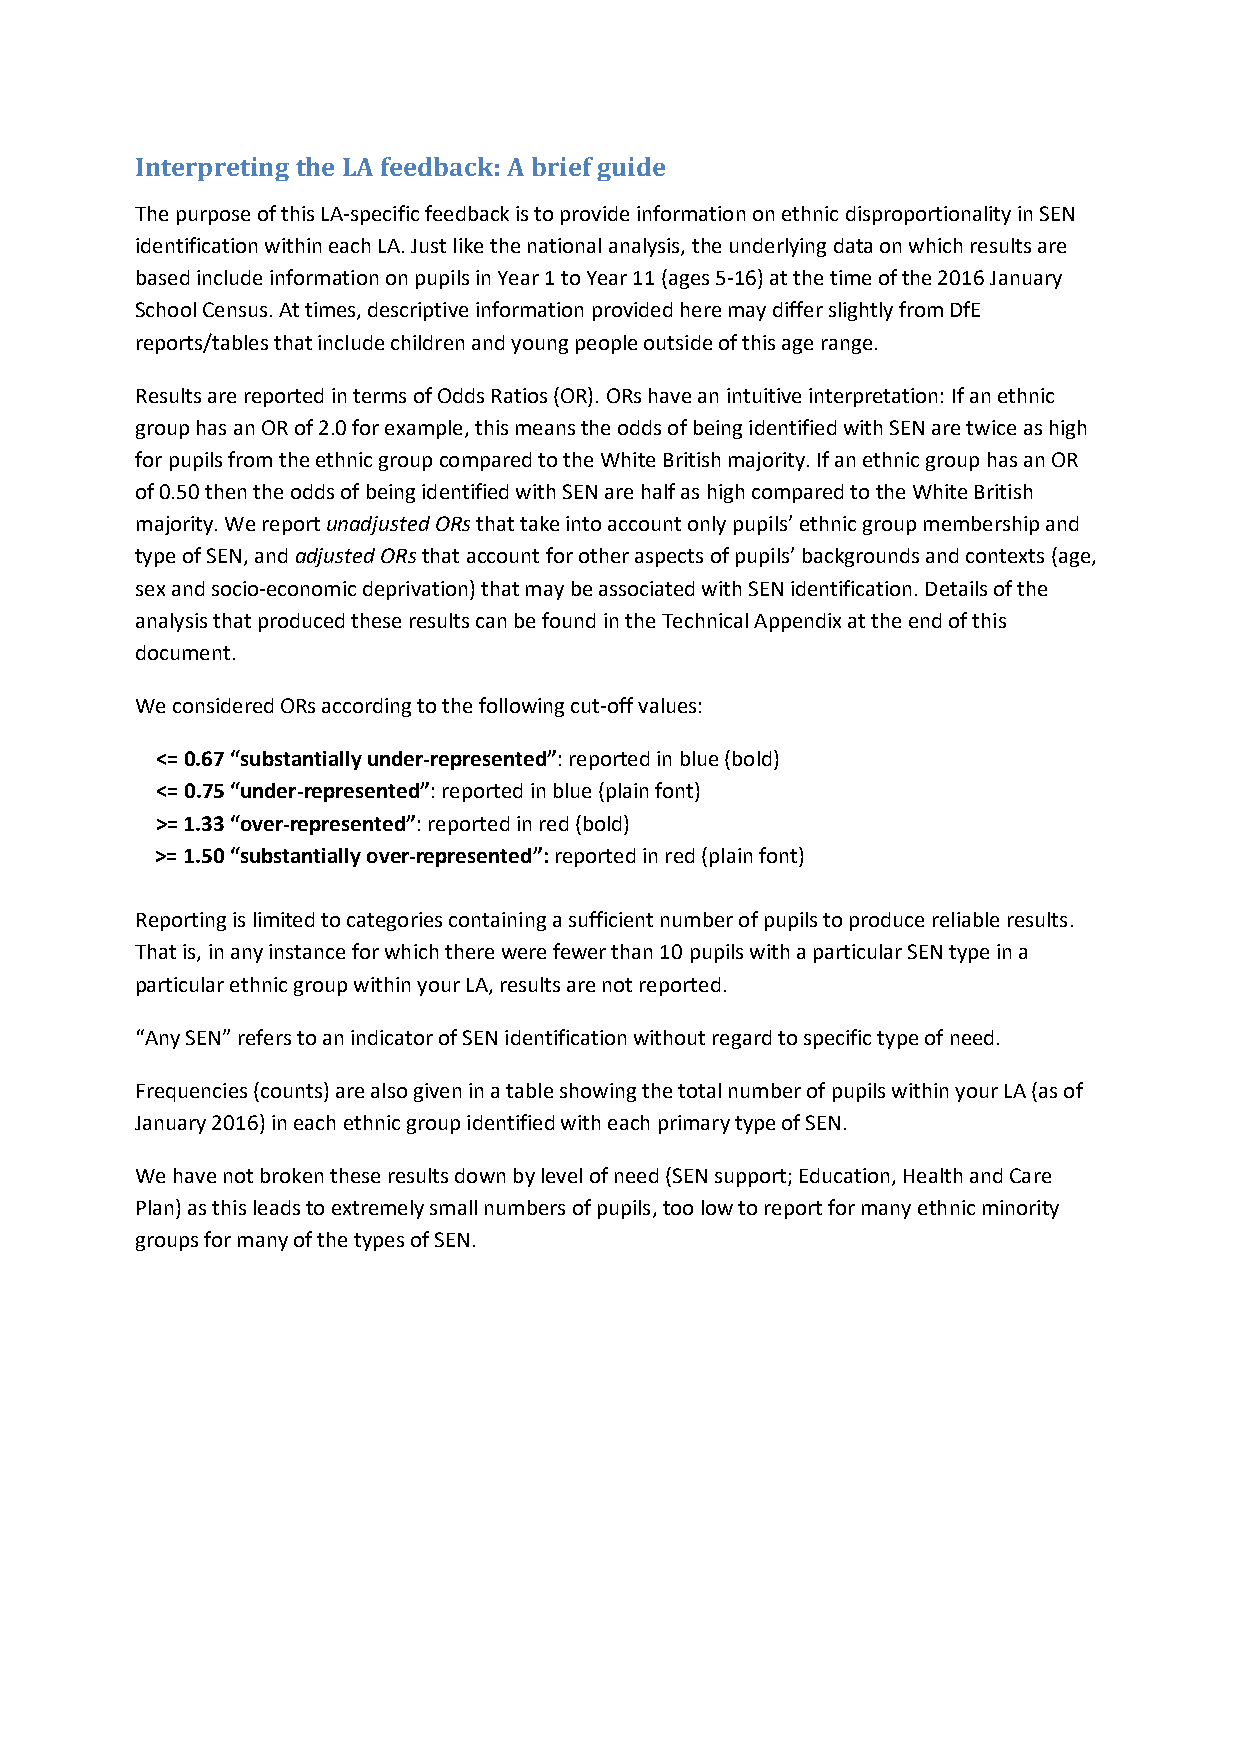
Interpreting the LA feedback: A brief guide
 The purpose of this LA-specific feedback is to provide information on ethnic disproportionality in SEN
 identification within each LA. Just like the national analysis, the underlying data on which results are
 based include information on pupils in Year 1 to Year 11 (ages 5-16) at the time of the 2016 January
 School Census. At times, descriptive information provided here may differ slightly from DfE
 reports/tables that include children and young people outside of this age range.
 Results are reported in terms of Odds Ratios (OR). ORs have an intuitive interpretation: If an ethnic
 group has an OR of 2.0 for example, this means the odds of being identified with SEN are twice as high
 for pupils from the ethnic group compared to the White British majority. If an ethnic group has an OR
 of 0.50 then the odds of being identified with SEN are half as high compared to the White British
 majority. We report unadjusted ORs that take into account only pupils’ ethnic group membership and
 type of SEN, and adjusted ORs that account for other aspects of pupils’ backgrounds and contexts (age,
 sex and socio-economic deprivation) that may be associated with SEN identification. Details of the
 analysis that produced these results can be found in the Technical Appendix at the end of this
 document.
 We considered ORs according to the following cut-off values:
 <= 0.67 “substantially under-represented”: reported in blue (bold)
 <= 0.75 “under-represented”: reported in blue (plain font)
 >= 1.33 “over-represented”: reported in red (bold)
 >= 1.50 “substantially over-represented”: reported in red (plain font)
 Reporting is limited to categories containing a sufficient number of pupils to produce reliable results.
 That is, in any instance for which there were fewer than 10 pupils with a particular SEN type in a
 particular ethnic group within your LA, results are not reported.
 “Any SEN” refers to an indicator of SEN identification without regard to specific type of need.
 Frequencies (counts) are also given in a table showing the total number of pupils within your LA (as of
 January 2016) in each ethnic group identified with each primary type of SEN.
 We have not broken these results down by level of need (SEN support; Education, Health and Care
 Plan) as this leads to extremely small numbers of pupils, too low to report for many ethnic minority
 groups for many of the types of SEN.